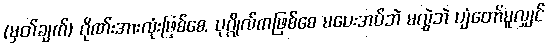
(မှတ်ချက်) ဂိုဏ်းအားလုံးဖြစ်စေ, ပုဂ္ဂိုလ်ကဖြစ်စေ မပေးအပ်ဘဲ မလွှဲဘဲ ပျံတော်မူလျှင်